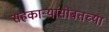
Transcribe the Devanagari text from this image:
सहकार्‍यांसोबतच्या